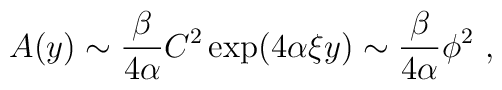
A(y)\sim {\beta \over 4\alpha} C^2 \exp(4\alpha\xi y)\sim  {\beta \over 4\alpha} \phi^2~,